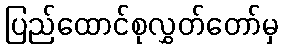
ပြည်ထောင်စုလွှတ်တော်မှ